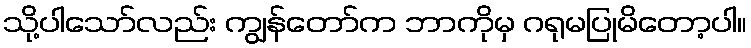
သို့ပါသော်လည်း ကျွန်တော်က ဘာကိုမှ ဂရုမပြုမိတော့ပါ။